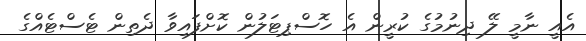
އެއީ ނާމީ ލޭ ދިނުމުގެ ކުރީން އެ ހޮސްޕިޓަލުން ކޮށްފައިވާ ދެތިން ޓެސްޓެއްގެ